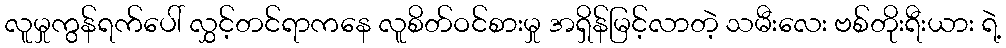
လူမှုကွန်ရက်ပေါ် လွှင့်တင်ရာကနေ လူစိတ်ဝင်စားမှု အရှိန်မြင့်လာတဲ့ သမီးလေး ဗစ်တိုးရီးယား ရဲ့